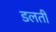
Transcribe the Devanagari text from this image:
डलती